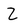
Character: Z